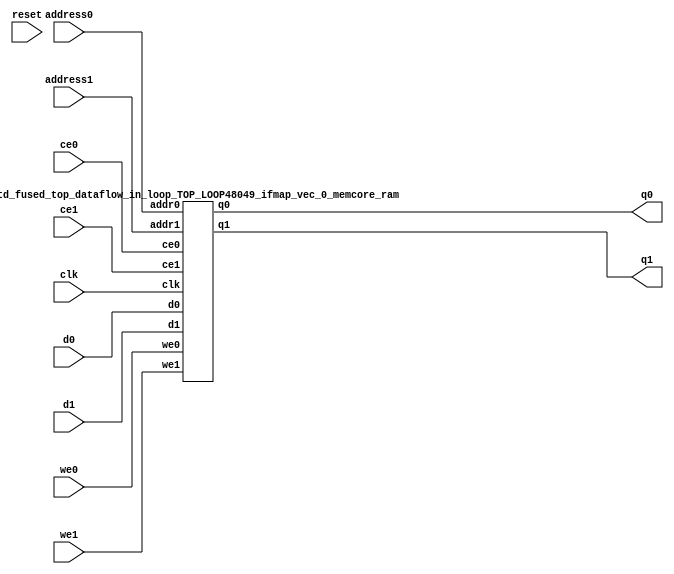
`define EXPONENT 5
`define MANTISSA 10
`define ACTUAL_MANTISSA 11
`define EXPONENT_LSB 10
`define EXPONENT_MSB 14
`define MANTISSA_LSB 0
`define MANTISSA_MSB 9
`define MANTISSA_MUL_SPLIT_LSB 3
`define MANTISSA_MUL_SPLIT_MSB 9
`define SIGN 1
`define SIGN_LOC 15
`define DWIDTH (`SIGN+`EXPONENT+`MANTISSA)
`define IEEE_COMPLIANCE 1

module td_fused_top_dataflow_in_loop_TOP_LOOP48049_ifmap_vec_0_memcore(
    reset,
    clk,
    address0,
    ce0,
    we0,
    d0,
    q0,
    address1,
    ce1,
    we1,
    d1,
    q1);

parameter DataWidth = 32'd16;
parameter AddressRange = 32'd144;
parameter AddressWidth = 32'd8;
input reset;
input clk;
input[AddressWidth - 1:0] address0;
input ce0;
input we0;
input[DataWidth - 1:0] d0;
output[DataWidth - 1:0] q0;
input[AddressWidth - 1:0] address1;
input ce1;
input we1;
input[DataWidth - 1:0] d1;
output[DataWidth - 1:0] q1;



td_fused_top_dataflow_in_loop_TOP_LOOP48049_ifmap_vec_0_memcore_ram td_fused_top_dataflow_in_loop_TOP_LOOP48049_ifmap_vec_0_memcore_ram_U(
    .clk( clk ),
    .addr0( address0 ),
    .ce0( ce0 ),
    .we0( we0 ),
    .d0( d0 ),
    .q0( q0 ),
    .addr1( address1 ),
    .ce1( ce1 ),
    .we1( we1 ),
    .d1( d1 ),
    .q1( q1 )
);

endmodule
module td_fused_top_dataflow_in_loop_TOP_LOOP48049_ifmap_vec_0_memcore_ram (addr0, ce0, d0, we0, q0, addr1, ce1, d1, we1, q1,  clk);

parameter DWIDTH = 16;
parameter AWIDTH = 8;
parameter MEM_SIZE = 144;

input[AWIDTH-1:0] addr0;
input ce0;
input[DWIDTH-1:0] d0;
input we0;
output reg[DWIDTH-1:0] q0;
input[AWIDTH-1:0] addr1;
input ce1;
input[DWIDTH-1:0] d1;
input we1;
output reg[DWIDTH-1:0] q1;
input clk;

reg [DWIDTH-1:0] ram[MEM_SIZE-1:0];




always @(posedge clk)  
begin 
    if (ce0) begin
        if (we0) 
            ram[addr0] <= d0; 
        q0 <= ram[addr0];
    end
end


always @(posedge clk)  
begin 
    if (ce1) begin
        if (we1) 
            ram[addr1] <= d1; 
        q1 <= ram[addr1];
    end
end


endmodule